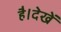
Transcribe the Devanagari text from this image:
है।देखें